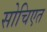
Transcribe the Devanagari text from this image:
सोचिएत